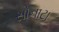
સોનાટા